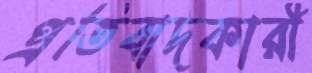
প্রতিবাদকারী